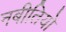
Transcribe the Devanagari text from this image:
नबीतियों